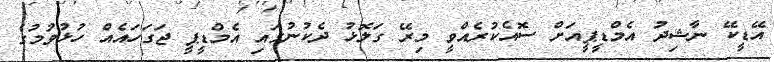
އޭޑީކޭ ނާޝިދު އެމްޑީޕީއަށް ސޮއެކުރެއްވީ މިރޭ ގަލޮޅު ދެކުނުގައި އެމްޑީޕީ ޖަގަހައެއް ހުޅުވުމުގެ